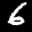
Label: 6